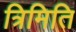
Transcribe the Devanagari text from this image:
त्रिमिति